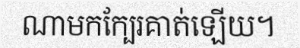
ណាមកក្បែរគាត់ឡើយ។